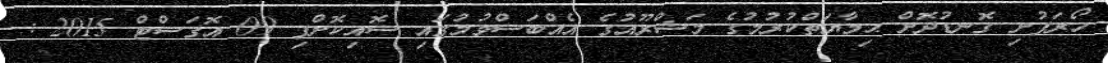
ހޯރަފުށި ގޮނޑުދޮށް ޙިމާޔަތްކުރުމުގެ މަޝްރޫއުގެ އެއްބަސްވުމުގައި ސޮއިކޮށްފި 09 އޮގަސްޓް 2015 :